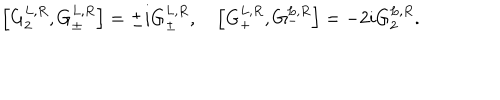
LaTeX: \left[ G _ { 2 } ^ { L , R } , G _ { \pm } ^ { L , R } \right] = \pm i G _ { \pm } ^ { L , R } , \quad \left[ G _ { + } ^ { L , R } , G _ { - } ^ { L , R } \right] = - 2 i G _ { 2 } ^ { L , R } .